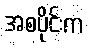
အစပိုင်းက